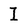
Character: I